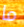
ما